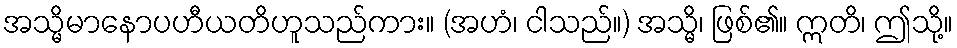
အသ္မိမာနောပဟီယတိဟူသည်ကား။ (အဟံ၊ ငါသည်။) အသ္မိ၊ ဖြစ်၏။ ဣတိ၊ ဤသို့။